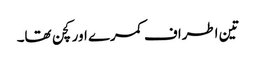
تین اطراف کمرے اور کچن تھا۔